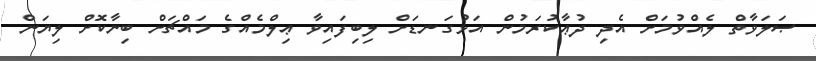
ޞަލަވާތް ލެއްވުމަށް އެދި ދުޢާކުރަމުން އަޅުގަނޑަށް ލިބިފައިވާ ޢިލްމެއްގެ މައްޗަށް ބިނާކޮށް ލިޔަން